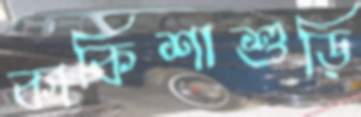
কাকিশাশুড়ি